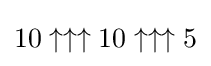
10\uparrow \uparrow \uparrow 10\uparrow \uparrow \uparrow 5